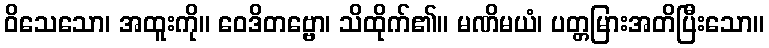
ဝိသေသော၊ အထူးကို။ ဝေဒိတဗ္ဗော၊ သိထိုက်၏။ မဏိမယံ၊ ပတ္တမြားအတိပြီးသော။